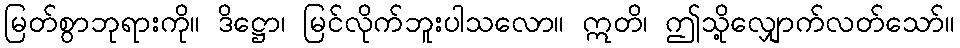
မြတ်စွာဘုရားကို။ ဒိဋ္ဌော၊ မြင်လိုက်ဘူးပါသလော။ ဣတိ၊ ဤသို့လျှောက်လတ်သော်။